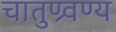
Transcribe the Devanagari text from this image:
चातुण्र्वण्य